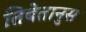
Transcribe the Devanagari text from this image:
तिबेतानुस